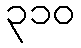
၃၁၀